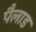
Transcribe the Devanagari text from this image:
पैलाड